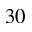
^ Ḋ 3 0 Ḍ